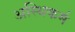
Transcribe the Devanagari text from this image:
अस्थिकर्म